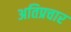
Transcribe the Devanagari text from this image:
अतिप्रचार